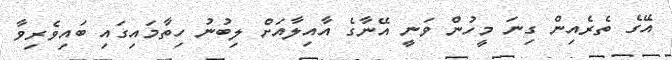
އޭގެ ތެރެއިން ގިނަ މީހުން ވަނީ އޭނާގެ އާއިލާއަށް ލިބުނު ހިތާމައިގައި ބައިވެރިވާ